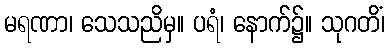
မရဏာ၊ သေသညိမှ။ ပရံ၊ နောက်၌။ သုဂတိံ၊